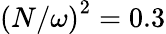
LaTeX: \left(N/\omega\right)^{2}=0.3